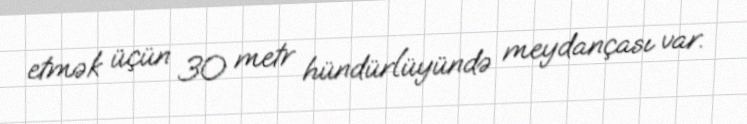
etmək üçün 30 metr hündürlüyündə meydançası var.